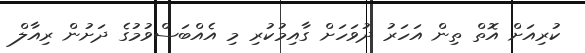
ކުރިއަށް އޮތް ތިން އަހަރު ދުވަހަށް ގާއިމުކުރި މި އެއްބަސްވުމުގެ ދަށުން ރިއާލް